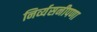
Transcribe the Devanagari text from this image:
निर्व्यसनीपणा